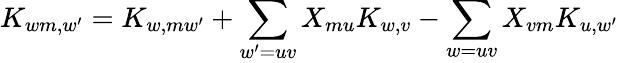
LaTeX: K_{wm,w^{\prime}}=K_{w,mw^{\prime}}+\sum_{w^{\prime}=uv}X_{mu}K_{w,v}-\sum_{w=uv}X_{vm}K_{u,w^{\prime}}